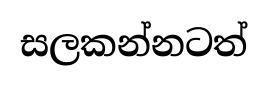
සලකන්නටත්